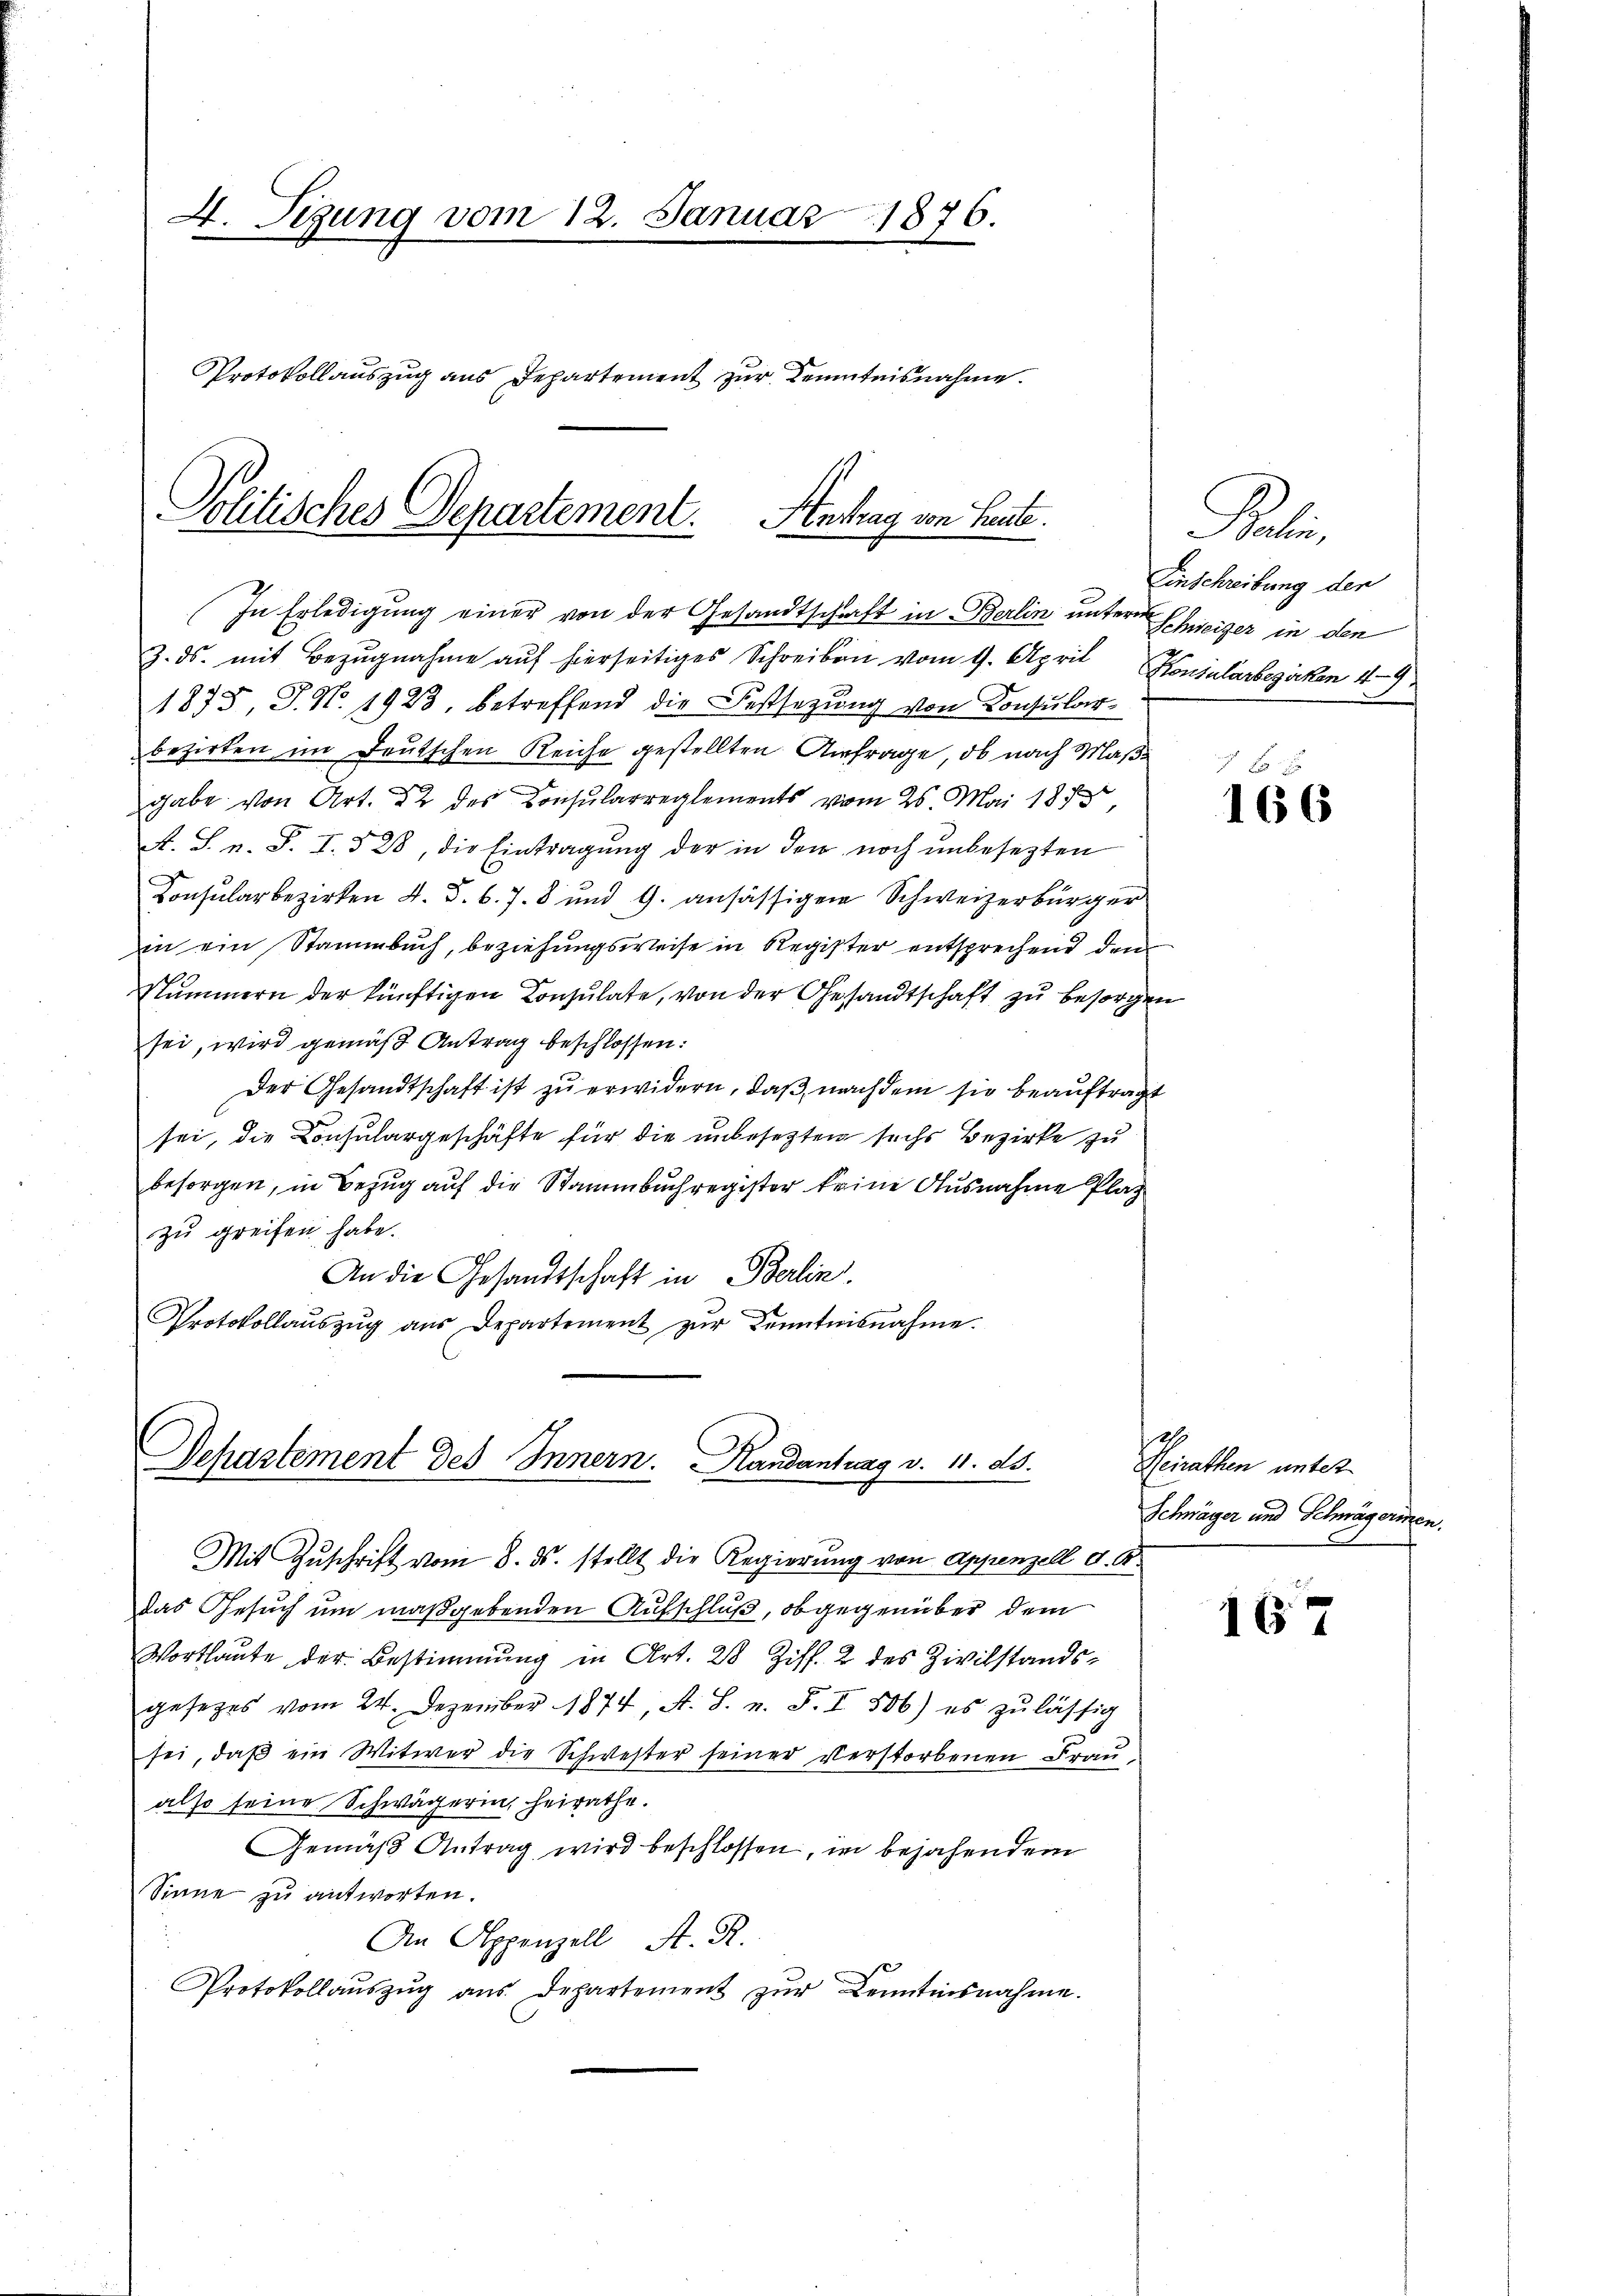
4. Tigung vom 12. Januar 1876.

Protokollauszug aus Departement zur Kenntnisnahme.

Politisches Departement. Antrag von heute.

Departement des Innern. Handantrag v. 11. ds.

In Erledigung einer von der Gesandtschaft in Berlin untere Schreizer in den
3. ds. mit Bezŭgnahme aŭf hierseitiges Schreiben vom 9. April Konsularbezirken 49.
1875, J. No. 1923, betreffend die Festsezung von Konsularbezirken im Deutschen Reiche gestellten Anfrage, ob nach Maßgabe von Art. 22 des Consularreglements vom 26. Mai 1873
A. S. n. F. I. 528, die Eintragung der in den noch unbesezten
Consularbezirken 4. d. 6. 78 und 9. ansässigen Schweizerbürger
in ein Stammbuch, beziehungsweise in Register entsprechend den
Nummern der künftigen Consulate, von der Gesandtschaft zu besorgen
sei, wird gemäß Antrag beschlossen:
Der Gesandtschaft ist zu erwidern, daß, nachdem sie beauftragt
sei, die Consulargeschäfte für die unbesezten sechs Bezirke zu
besorgen, in Bezug auf die Stammbuchregister keine Ausnahme Plaz
zu greifen habe.
An die Gesandtschaft in Berlin.
Protokollauszug aus Departement zur Kenntnisnahme.

Mit Zuschrift vom 8. ds. stellt die Regierung von Appenzell A. B.
das Gesuch um maßgebenden Aufschluß, obgegenüber dem
Wortlaute der Bestimmung in Art. 28 Ziff. 2 des Zivilstandsgesetzes vom 24. Dezember 1874, A. S. n. F. I 506.) es zulässig
sei, daβ ein Witwer die Schwester seiner Verstorbenen Frau
also seine Schwägerin, heirathe.
Gemäß Antrag wird beschlossen, in bejahendem
Sinne zu antworten.
An Appenzell A. R.
Protokollaŭszŭg aŭs Departement zŭr Kenntnisnahme.

Peli
Einschreibung der

166

Heirathen unter
Schwäger und Schwägerien.

167